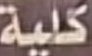
كلیة